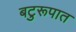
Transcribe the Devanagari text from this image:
बटुरूपात